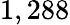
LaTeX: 1,288